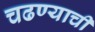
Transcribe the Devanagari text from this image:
चढण्याची